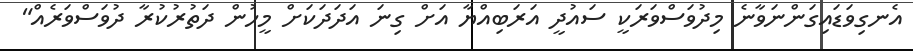
އެނގިވަޑައިގަންނަވާނެ މިދުވަސްވަރަކީ ސައުދީ އަރަބިއްޔާ އަށް ގިނަ އަދަދަކަށް މީހުން ދަތުރުކުރާ ދުވަސްވަރެއް"